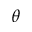
\theta